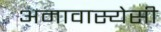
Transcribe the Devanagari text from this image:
अमावास्येसी